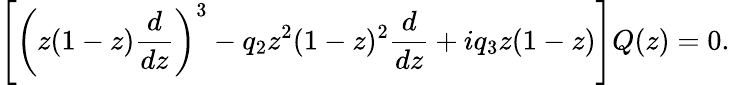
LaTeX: \left[\left(z(1-z){\frac{d}{dz}}\right)^{3}-q_{2}z^{2}(1-z)^{2}{\frac{d}{dz}}+iq_{3}z(1-z)\right]Q(z)=0.